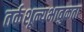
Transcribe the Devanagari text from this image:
तर्कशून्यभावुकता